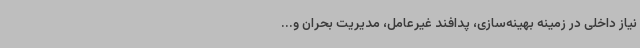
نیاز داخلی در زمینه بهینه‌سازی، پدافند غیرعامل، مدیریت بحران و...